Calcutta medical institutions reports 1871-78
Year: 1871
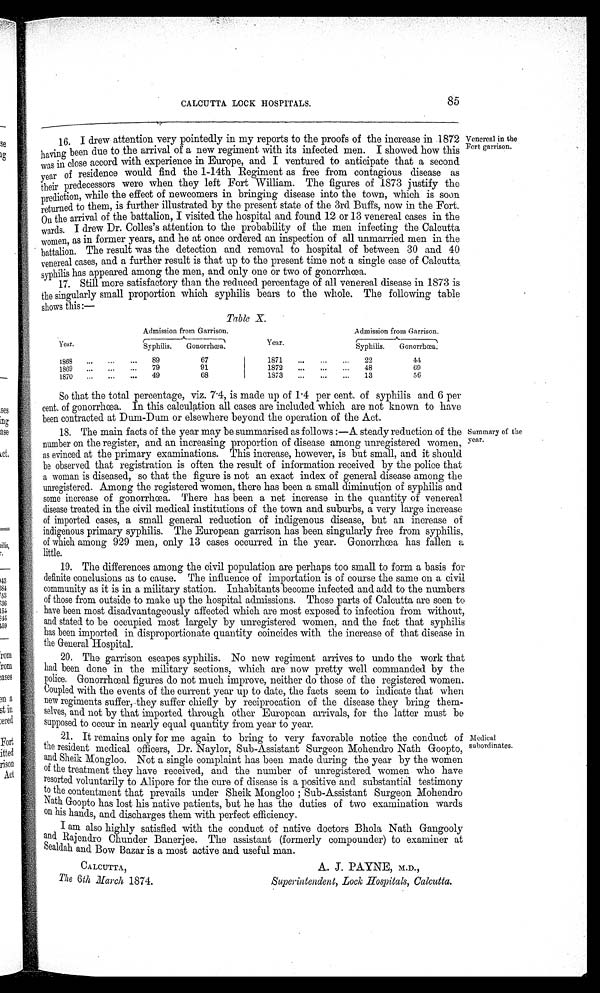
CALCUTTA LOCK HOSPITALS.
85
16. I drew attention very pointedly in my reports to the proofs of the increase in 1872
been due to the arrival of a new regiment with its infected men. I showed how this -
having
was in close accord with experience in Europe, and I ventured to anticipate that a second
year of residence would find the 1-14th
°R
eoiment as free from contagious disease as
their predecessors were when they left Fort William. The figures of 1873 justify the
prediction, while the effect of newcomers in bringing disease into the town, which is soon
returned to them, is fluffier illustrated by the present state of the 3rd Buffs, now in the Fort.
On the arrival of the battalion, I visited the hospital and found 12 or 13 venereal cases in the
wards. I drew Dr. Colles's attention to the probability of the men infecting the Calcutta
women, as in former years, and he at once ordered an inspection of all unmarried men in the
battalion. The result was the detection and removal to hospital of between 30 and 40
venereal cases, and a further result is that up to the present time not a single case of Calcutta
syphilis has appeared among the men, and only one or two of gonorrhoea.
17. Still more satisfactory than the reduced percentage of all venereal disease in 1873 is
the singularly small proportion which syphilis bears to the whole. The following table
shows this:—
mereal in the
)rt garrison.
Year.
lam .i.
Admission from Garrison.
Admission from Garrison.
Syphilis.
Gonorrhce—a.
Year.
Syphilis. Syphilis.
Gonorrhoea.
1863
...
...
...
89
67
1871
33
44
1869
...
...
...
79
91
1872
09
1870
...
...
...
49
68
1S73
i3
56
So that the total percentage, viz. 7 .4, is made up of 1 .4 per cent. of syphilis and 6 per
cent. of gonorrhoea. In this calculation all cases are included which are not known to have
been contracted at Dum-Dum or elsewhere beyond the operation of the Act.
18. The main facts of the year may be summarised as follows :—A steady reduction of the
number on the register, and an increasing proportion of disease among unregistered women,
as evinced at the primary examinations. This increase, however, is but small, and it should
be observed that registration is often the result of information received by the police that
a woman is diseased, so that the figure is not an exact index of general disease among the
unregistered. Among the registered women, there has been a small diminution of syphilis and
some increase of gonorrhoea. There has been a net increase in the quantity of venereal
disease treated in the civil medical institutions of the town and suburbs, a very large increase
of imported cases, a small general reduction of indigenous disease, but an increase of
indigenous primary syphilis. The European garrison has been singularly free from syphilis,
of which among 929 men, only 13 cases occurred in the year. Gonorrhoea has fallen a
little.
19. The differences among the civil population are perhaps too small to form a basis for
definite conclusions as to cause. The influence of importation is of course the same on a civil
community as it is in a military station. Inhabitants become infected and add to the numbers
of those from outside to make up the hospital admissions. Those parts of Calcutta are seen to
. have been most disadvantageously affected which are most exposed to infection from without,
and stated to be occupied most largely by unregistered women, and the fact that syphilis
has been imported in disproportionate quantity coincides with the increase of that disease in
the General Hospital.
20. The garrison escapes syphilis. No new regiment arrives to undo the work that
had been done in the military sections, which are now pretty well commanded by the
police. Gonorrhoeal figures do not much improve, neither do those of the registered women.
Coupled with the events of the current year up to date, the facts seem to indicate that when
new regiments suffer, they suffer chiefly by reciprocation of the disease they bring them-
selves, and not by that imported through other European arrivals, for the latter must be
supposed to occur in nearly equal quantity from year to year.
21. It remains only for me again to bring to very favorable notice the conduct of
the resident medical officers, Dr. Naylor, Sub-Assistant Surgeon Mohendro Nath Goopto,
and Sheik Mongloo. Not a single complaint has been made during the year by the women
of the treatment they have received, and the number of unregistered women who have
resorted voluntarily to Alipore for the cure of disease is a positive and substantial testimony
to the contentment that prevails under Sheik Mongloo ; Sub-Assistant Surgeon Moh.endro
Natb. Goopto has lost his native patients, but he has the duties of two examination wards
on his hands, and discharges them with perfect efficiency.
I am also highly satisfied with the conduct of native doctors Bhola Nath Gangooly
and Rajendro Chunder Banerjee. The assistant (formerly compounder) to examiner at
Sealdah and Bow Bazar is a most active and useful man.
summary of the
1 car.
Medical
subordinates.
CALCUTTA,
A.
PAYNE, M.D.,
The 6th Zarch 1874.
Superintendent, Loch Hospitals, Calcutta.